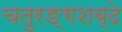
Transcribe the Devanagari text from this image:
चतुरङ्गशब्दे